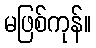
မဖြစ်ကုန်။